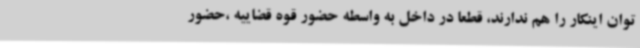
توان اینکار را هم ندارند، قطعا در داخل به واسطه حضور قوه قضاییه ،حضور